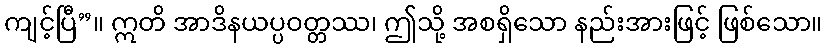
ကျင့်ပြီ”။ ဣတိ အာဒိနယပ္ပဝတ္တဿ၊ ဤသို့ အစရှိသော နည်းအားဖြင့် ဖြစ်သော။